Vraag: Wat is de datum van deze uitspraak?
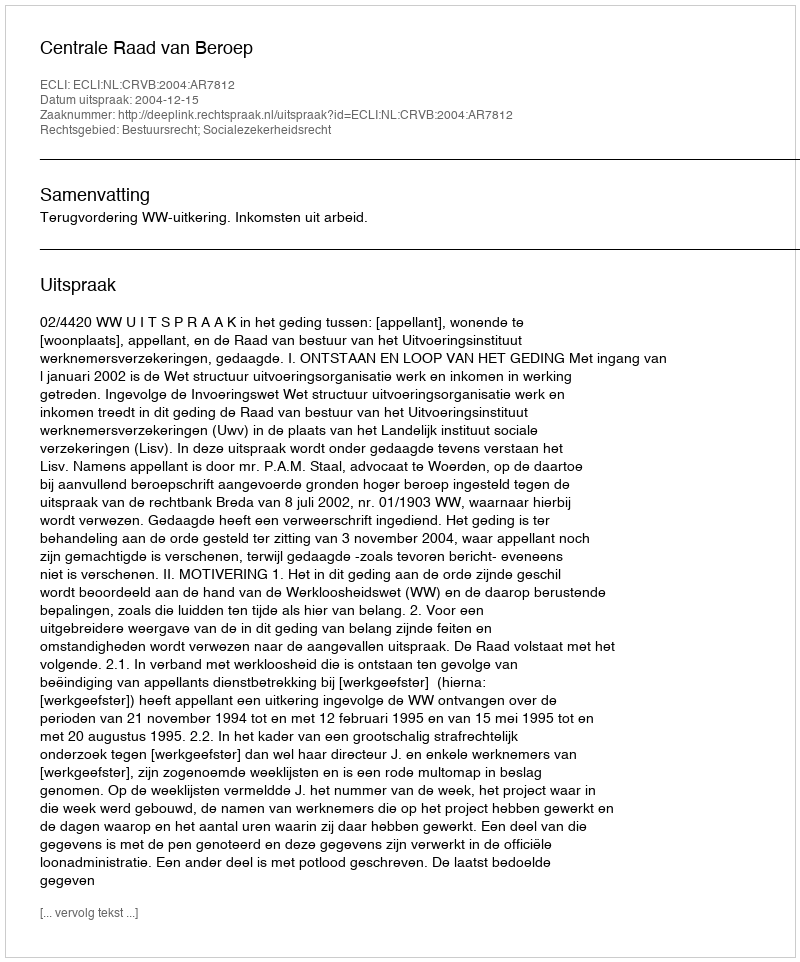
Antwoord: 2004-12-15